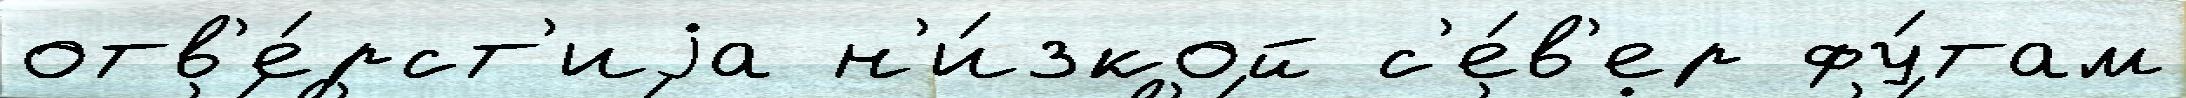
отв'е́рст'иjа н'и́зкой с'е́в'ер фу́там